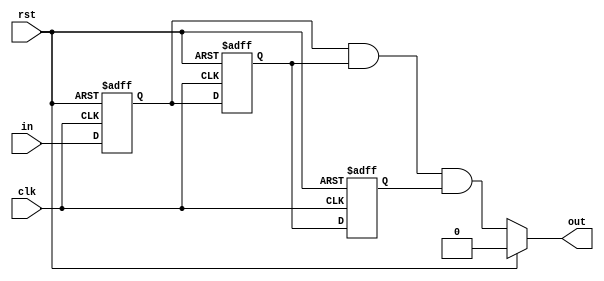
`timescale 1ns / 1ps
//////////////////////////////////////////////////////////////////////////////////
// Company: 
// Engineer: 
// 
// Design Name: 
// Module Name: debouncer
// Project Name: 
// Target Devices: 
// Tool Versions: 
// Description: 
// 
// Dependencies: 
// 
// Revision:
// Revision 0.01 - File Created
// Additional Comments:
// 
//////////////////////////////////////////////////////////////////////////////////


module debouncer(input clk, rst, in, output out);
reg q1,q2,q3;
always@(posedge clk, posedge rst) begin
 if(rst == 1'b1) begin
 q1 <= 0;
 q2 <= 0;
 q3 <= 0;
 end
 else begin
 q1 <= in;
 q2 <= q1;
 q3 <= q2;
 end
end
assign out = (rst) ? 0 : q1&q2&q3;
endmodule